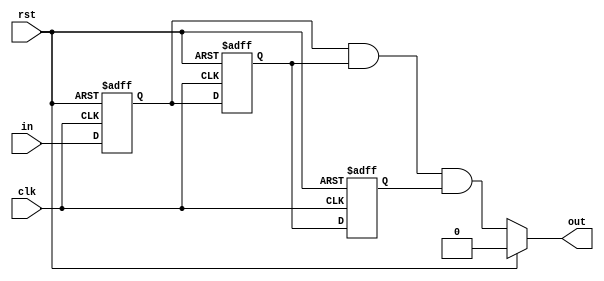
`timescale 1ns / 1ps
//////////////////////////////////////////////////////////////////////////////////
// Company: 
// Engineer: 
// 
// Design Name: 
// Module Name: debouncer
// Project Name: 
// Target Devices: 
// Tool Versions: 
// Description: 
// 
// Dependencies: 
// 
// Revision:
// Revision 0.01 - File Created
// Additional Comments:
// 
//////////////////////////////////////////////////////////////////////////////////


module debouncer(input clk, rst, in, output out);
reg q1,q2,q3;
always@(posedge clk, posedge rst) begin
 if(rst == 1'b1) begin
 q1 <= 0;
 q2 <= 0;
 q3 <= 0;
 end
 else begin
 q1 <= in;
 q2 <= q1;
 q3 <= q2;
 end
end
assign out = (rst) ? 0 : q1&q2&q3;
endmodule